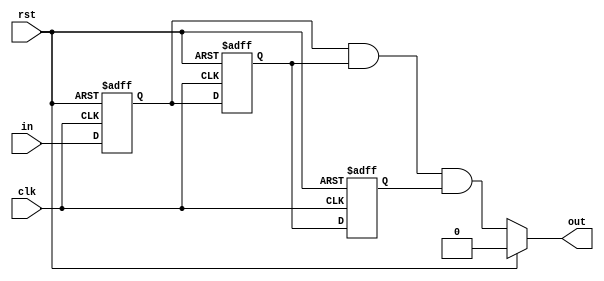
`timescale 1ns / 1ps
//////////////////////////////////////////////////////////////////////////////////
// Company: 
// Engineer: 
// 
// Design Name: 
// Module Name: debouncer
// Project Name: 
// Target Devices: 
// Tool Versions: 
// Description: 
// 
// Dependencies: 
// 
// Revision:
// Revision 0.01 - File Created
// Additional Comments:
// 
//////////////////////////////////////////////////////////////////////////////////


module debouncer(input clk, rst, in, output out);
reg q1,q2,q3;
always@(posedge clk, posedge rst) begin
 if(rst == 1'b1) begin
 q1 <= 0;
 q2 <= 0;
 q3 <= 0;
 end
 else begin
 q1 <= in;
 q2 <= q1;
 q3 <= q2;
 end
end
assign out = (rst) ? 0 : q1&q2&q3;
endmodule